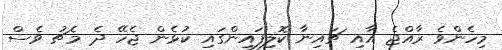
މިހެންވެ ރާއްޖެ އާއި ޗައިނާ ކޮލިފައިންގައި ކުޅެން ޖެހޭ ދެ މެޗު ވެސް